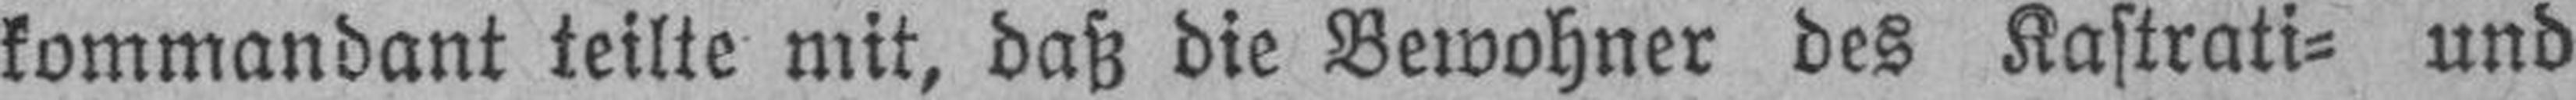
kommandant teilte mit, daß die Bewohner des Kastrati= und